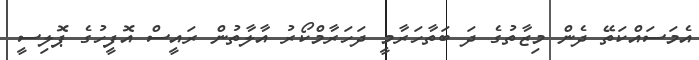
އެމަސައްކަތޭ ދެން މިޒާތުގެ ދަ ބަތާހަރާމީ ދަހަރާމްކޯރު އާލާތުން ރައީސް އޮފީހުގެ ޕޮލިސީ